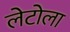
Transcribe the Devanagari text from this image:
लेटोला